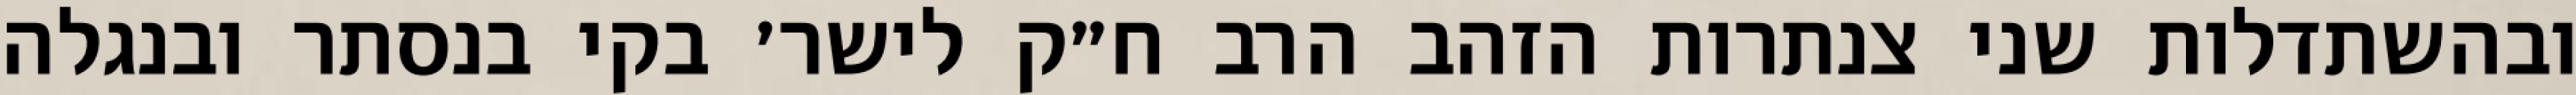
ובהשתדלות שני צנתרות הזהב הרב ח״ק לישר׳ בקי בנסתר ובנגלה